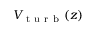
V _ { \mathrm { ~ t ~ u ~ r ~ b ~ } } ( z )